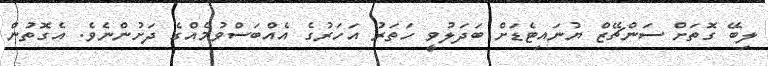
ލިބޭ ގޮތަށް ސަންޗޭޒް ޔުނައިޓެޑަށް ބަދަލުވީ ހަތަރު އަހަރުގެ އެއްބަސްވުމެއްގެ ދަށުންނެވެ. އެގޮތުން